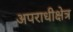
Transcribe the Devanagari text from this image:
अपराधीक्षेत्र